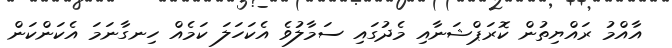
އާއްމު ރައްޔިތުން ކޮރަޕްޝަނާއި މެދުގައި ސަމާލުވެ އެކަހަލަ ކަމެއް ހިނގާނަމަ އެކަންކަން